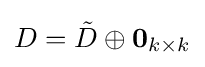
D={\tilde {D}}\oplus \mathbf {0} _{k\times k}